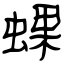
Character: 蜾